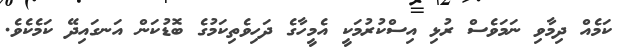
ކަމެއް ދިމާވި ނަމަވެސް ރުޅި އިސްކުރުމަކީ އެމީހާގެ ދަހިވެތިކަމުގެ ބޮޑުކަން އަނގައިދޭ ކަމެކެވެ.